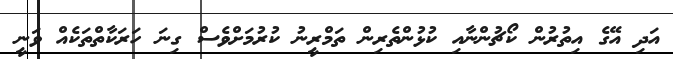
އަދި އޭގެ އިތުރުން ކޯޗުންނާއި ކުޅުންތެރިން ތަމްރީނު ކުރުމަށްވެސް ގިނަ ހަރަކާތްތަކެއް ވަނީ